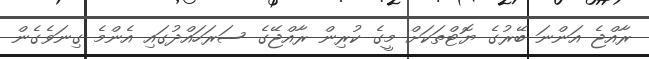
ރާއްޖެ އަންނަ ބޭރުގެ ޔޮޓްތަކަށް މީގެ ކުރިން ރާއްޖޭގެ ސަރަހައްދުގައި އެންމެ ގިނަވެގެން